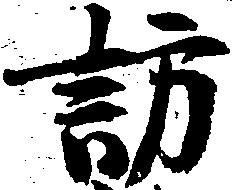
訪